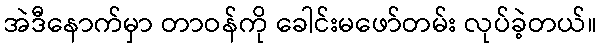
အဲဒီနောက်မှာ တာဝန်ကို ခေါင်းမဖော်တမ်း လုပ်ခဲ့တယ်။